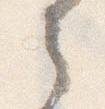
之